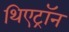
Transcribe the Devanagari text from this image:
थिएट्रॉन